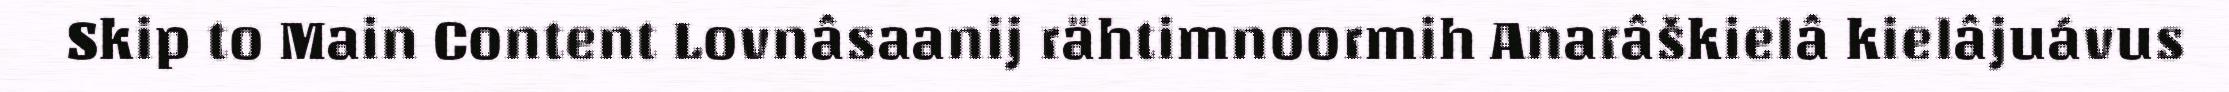
Skip to Main Content Lovnâsaanij rähtimnoormih Anarâškielâ kielâjuávus